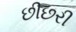
છીછરી